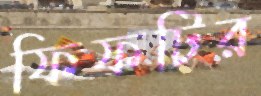
ফিফটির